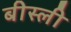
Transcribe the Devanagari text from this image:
बीस्ली